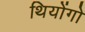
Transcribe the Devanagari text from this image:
थियोंगो